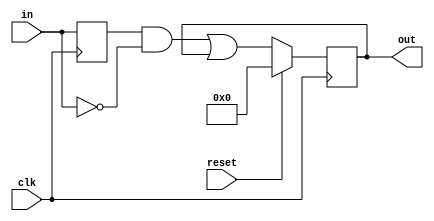
module top_module (
    input clk,
    input reset,
    input [31:0] in,
    output reg [31:0] out
);

    reg [31:0] q;
    always@(posedge clk)begin
        q <= in;
        out <= (q & ~in) | (out);
        
        if(reset)
            out <= 0;

    end


endmodule